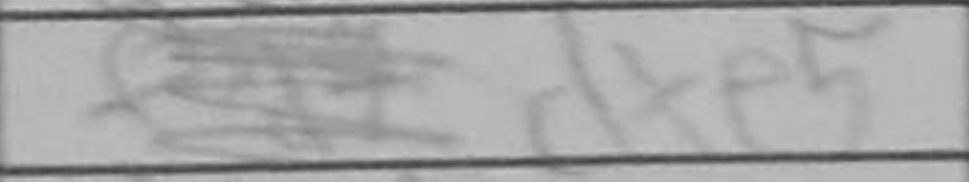
Transcription: dxe5